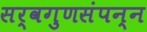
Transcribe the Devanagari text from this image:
सर्वगुणसंपन्‍न